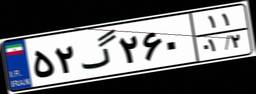
۵۲گ۲۶۰۱۱